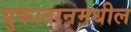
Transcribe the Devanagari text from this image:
युकातानमधील